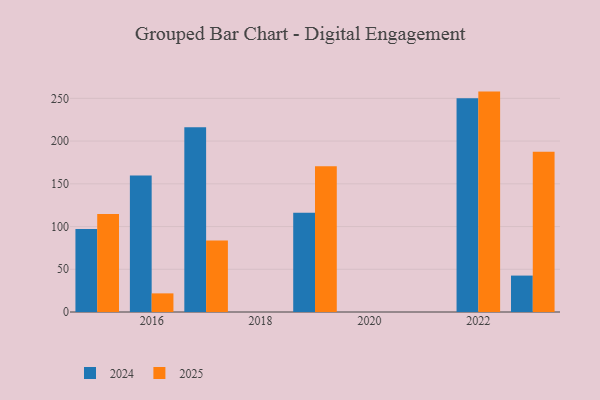
{"axis": {"x": "Year", "y": "Market Share (%)"}, "legend": ["2024", "2025"], "data": [{"x": "2022", "y": 257.9, "type": "2025"}, {"x": "2022", "y": 250.2, "type": "2024"}, {"x": "2017", "y": 83.6, "type": "2025"}, {"x": "2017", "y": 216.1, "type": "2024"}, {"x": "2019", "y": 170.6, "type": "2025"}, {"x": "2019", "y": 116.1, "type": "2024"}, {"x": "2023", "y": 187.4, "type": "2025"}, {"x": "2023", "y": 42.6, "type": "2024"}, {"x": "2015", "y": 114.6, "type": "2025"}, {"x": "2015", "y": 97.0, "type": "2024"}, {"x": "2016", "y": 21.8, "type": "2025"}, {"x": "2016", "y": 159.6, "type": "2024"}]}